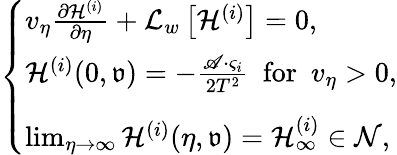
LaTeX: \begin{array}{r}{\left\{ \begin{array}{l}{v_{\eta}\frac{\partial\mathcal{H}^{(i)}}{\partial\eta}+\mathcal{L}_{w}\left[\mathcal{H}^{(i)}\right]=0,}\\ {\mathcal{H}^{(i)}(0,{\mathfrak{v}})=-\frac{\mathscr{A}\cdot\varsigma_{i}}{2T^{2}}\ \ \mathrm{for}\ \ v_{\eta}>0,}\\ {\rule{0ex}{1.5em}\operatorname*{lim}_{\eta\rightarrow\infty}\mathcal{H}^{(i)}(\eta,{\mathfrak{v}})=\mathcal{H}_{\infty}^{(i)}\in\mathcal{N},}\end{array}\right.}\end{array}